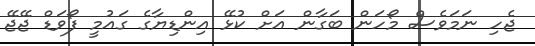
ޖެހި ނަމަވެސް މޯހަން ބަގާން އަށް ކުޅޭ އިންޑިޔާގެ ގައުމީ ފޯވަޑް ޖޭޖޭ